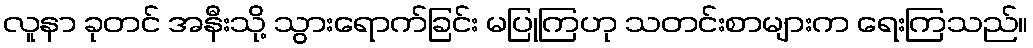
လူနာ ခုတင် အနီးသို့ သွားရောက်ခြင်း မပြုကြဟု သတင်းစာများက ရေးကြသည်။